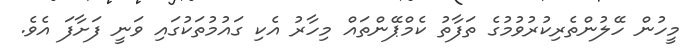
މީހުން ހޭލުންތެރިކުރުވުމުގެ ތަފާތު ކެމްޕޭންތައް މިހާރު އެކި ގައުމުތަކުގައި ވަނީ ފަށާފަ އެވެ.